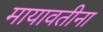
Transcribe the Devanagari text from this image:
मायावतीना